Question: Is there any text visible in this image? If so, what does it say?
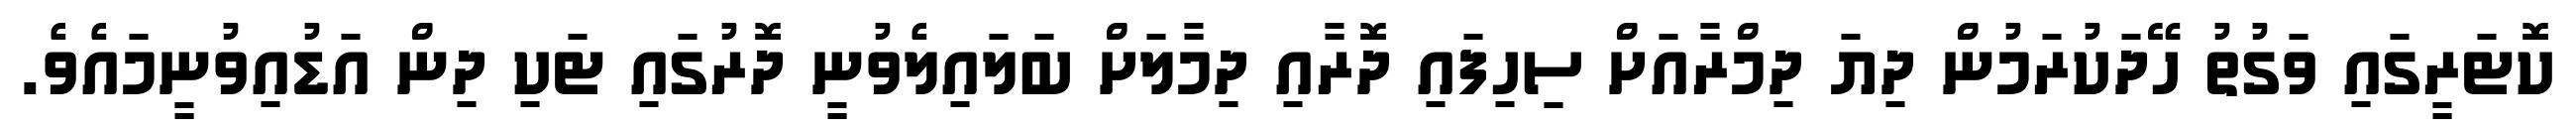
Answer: ކޮޓަރީގައި ވަގުތު ހޭދަކުރަމުން ދިޔަ ދިމްރާއަށް ސިހިފައި ދޮރާއި ދިމާލަށް ބަލައިލެވުނީ ދޮރުގައި ޓަކި ދިން އަޑުއިވުނީމައެވެ.